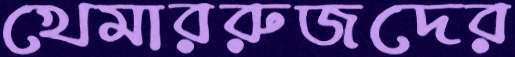
খেমাররুজদের